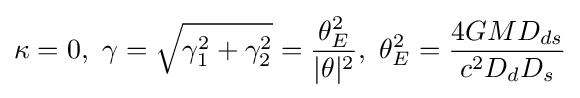
\kappa =0,~\gamma ={\sqrt {\gamma _{1}^{2}+\gamma _{2}^{2}}}={\theta _{E}^{2} \over |\theta |^{2}},~\theta _{E}^{2}={4GMD_{ds} \over c^{2}D_{d}D_{s}}